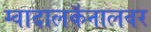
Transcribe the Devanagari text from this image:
ग्वादालकॅनालवर